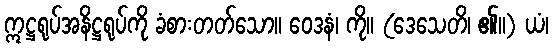
ဣဋ္ဌရုပ်အနိဋ္ဌရုပ်ကို ခံစားတတ်သော။ ဝေဒနံ၊ ကို။ (ဒေသေတိ၊ ၏။) ယံ၊